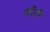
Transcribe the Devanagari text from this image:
पतिरी